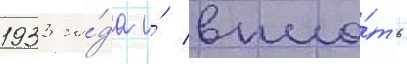
1933 го́да и́ впло́ть